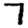
Digit: 7